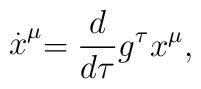
\stackrel{.}{x}^{\mu }=\frac{d}{d\tau }g^{\tau }x^{\mu },